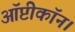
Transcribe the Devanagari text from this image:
ऑप्टीकॉन।